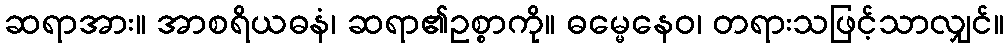
ဆရာအား။ အာစရိယဓနံ၊ ဆရာ၏ဥစ္စာကို။ ဓမ္မေနေဝ၊ တရားသဖြင့်သာလျှင်။